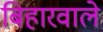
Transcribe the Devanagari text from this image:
बिहारवाले